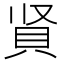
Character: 䝨